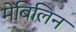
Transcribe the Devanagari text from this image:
मेबिलिन